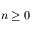
n \geq 0